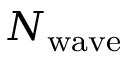
N _ { \mathrm { w a v e } }